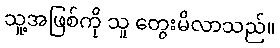
သူ့အဖြစ်ကို သူ တွေးမိလာသည်။